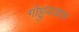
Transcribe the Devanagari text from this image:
गोट्टुवाडयम